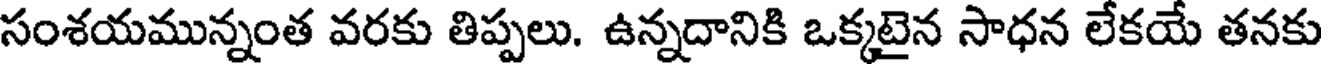
సంశయమున్నంత వరకు తిప్పలు. ఉన్నదానికి ఒక్కటైన సాధన లేకయే తనకు